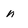
Character: n